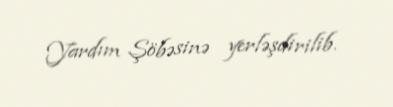
Yardım Şöbəsinə yerləşdirilib.